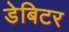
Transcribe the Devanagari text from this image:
डेबिटर